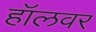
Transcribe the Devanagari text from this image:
हॉलवर